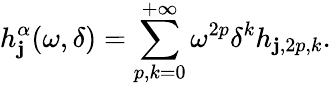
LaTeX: h_{\mathbf{j}}^{\alpha}(\omega,\delta)=\sum_{p,k=0}^{+\infty}\omega^{2p}\delta^{k}h_{\mathbf{j},2p,k}.